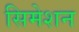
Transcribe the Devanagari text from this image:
सिमेशन